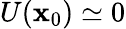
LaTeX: U(\mathbf{x}_{0})\simeq 0